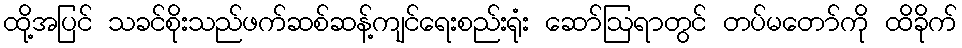
ထို့အပြင် သခင်စိုးသည်ဖက်ဆစ်ဆန့်ကျင်ရေးစည်းရုံး ဆော်ဩရာတွင် တပ်မတော်ကို ထိခိုက်